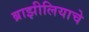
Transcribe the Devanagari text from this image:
ब्राझीलियाचे